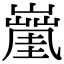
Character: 𡒑